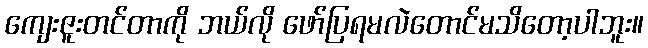
ကျေးဇူးတင်တာကို ဘယ်လို ဖော်ပြရမလဲတောင်မသိတော့ပါဘူး။